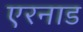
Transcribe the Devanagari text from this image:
एरनाड